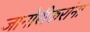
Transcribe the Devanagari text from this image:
जानोरीकरांना